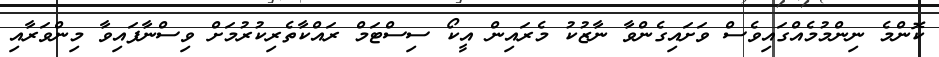
ކޮންމެ ނިންމުމެއްގައިވެސް ވަށައިގެންވާ ނާޒުކު މެރައިން އީކޯ ސިސްޓަމް ރައްކާތެރިކުރުމަށް ވިސްނާފައިވާ މިންވަރާއި